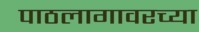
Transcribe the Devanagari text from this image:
पाठलागावरच्या